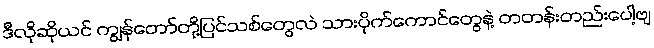
ဒီလိုဆိုယင် ကျွန်တော်တို့ပြင်သစ်တွေလဲ သားပိုက်ကောင်တွေနဲ့ တတန်းတည်းပေါ့ဗျ